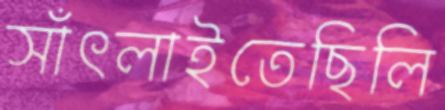
সাঁৎলাইতেছিলি